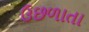
ઉછળાતા